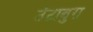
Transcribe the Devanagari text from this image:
उंटाबुरा